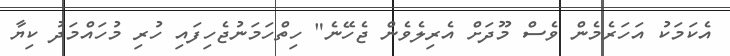
އެކަމަކު އަހަރެމެން ވެސް މޫދަށް އެރިލެވެން ޖެހޭނެ" ހިތްހަމަނުޖެހިފައި ހުރި މުހައްމަދު ކިޔާ